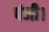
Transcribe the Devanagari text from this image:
पंजी।